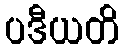
ပဒီယတိ